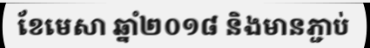
ខែមេសា ឆ្នាំ២០១៨ និងមានភ្ជាប់